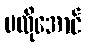
မလိုအောင်